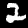
Digit: 2